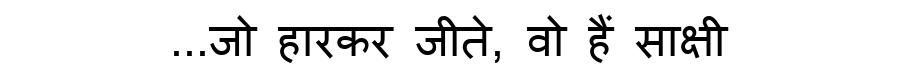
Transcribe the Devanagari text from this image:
...जो हारकर जीते, वो हैं साक्षी